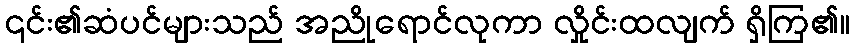
၎င်း၏ဆံပင်များသည် အညိုရောင်လုကာ လှိုင်းထလျက် ရှိကြ၏။